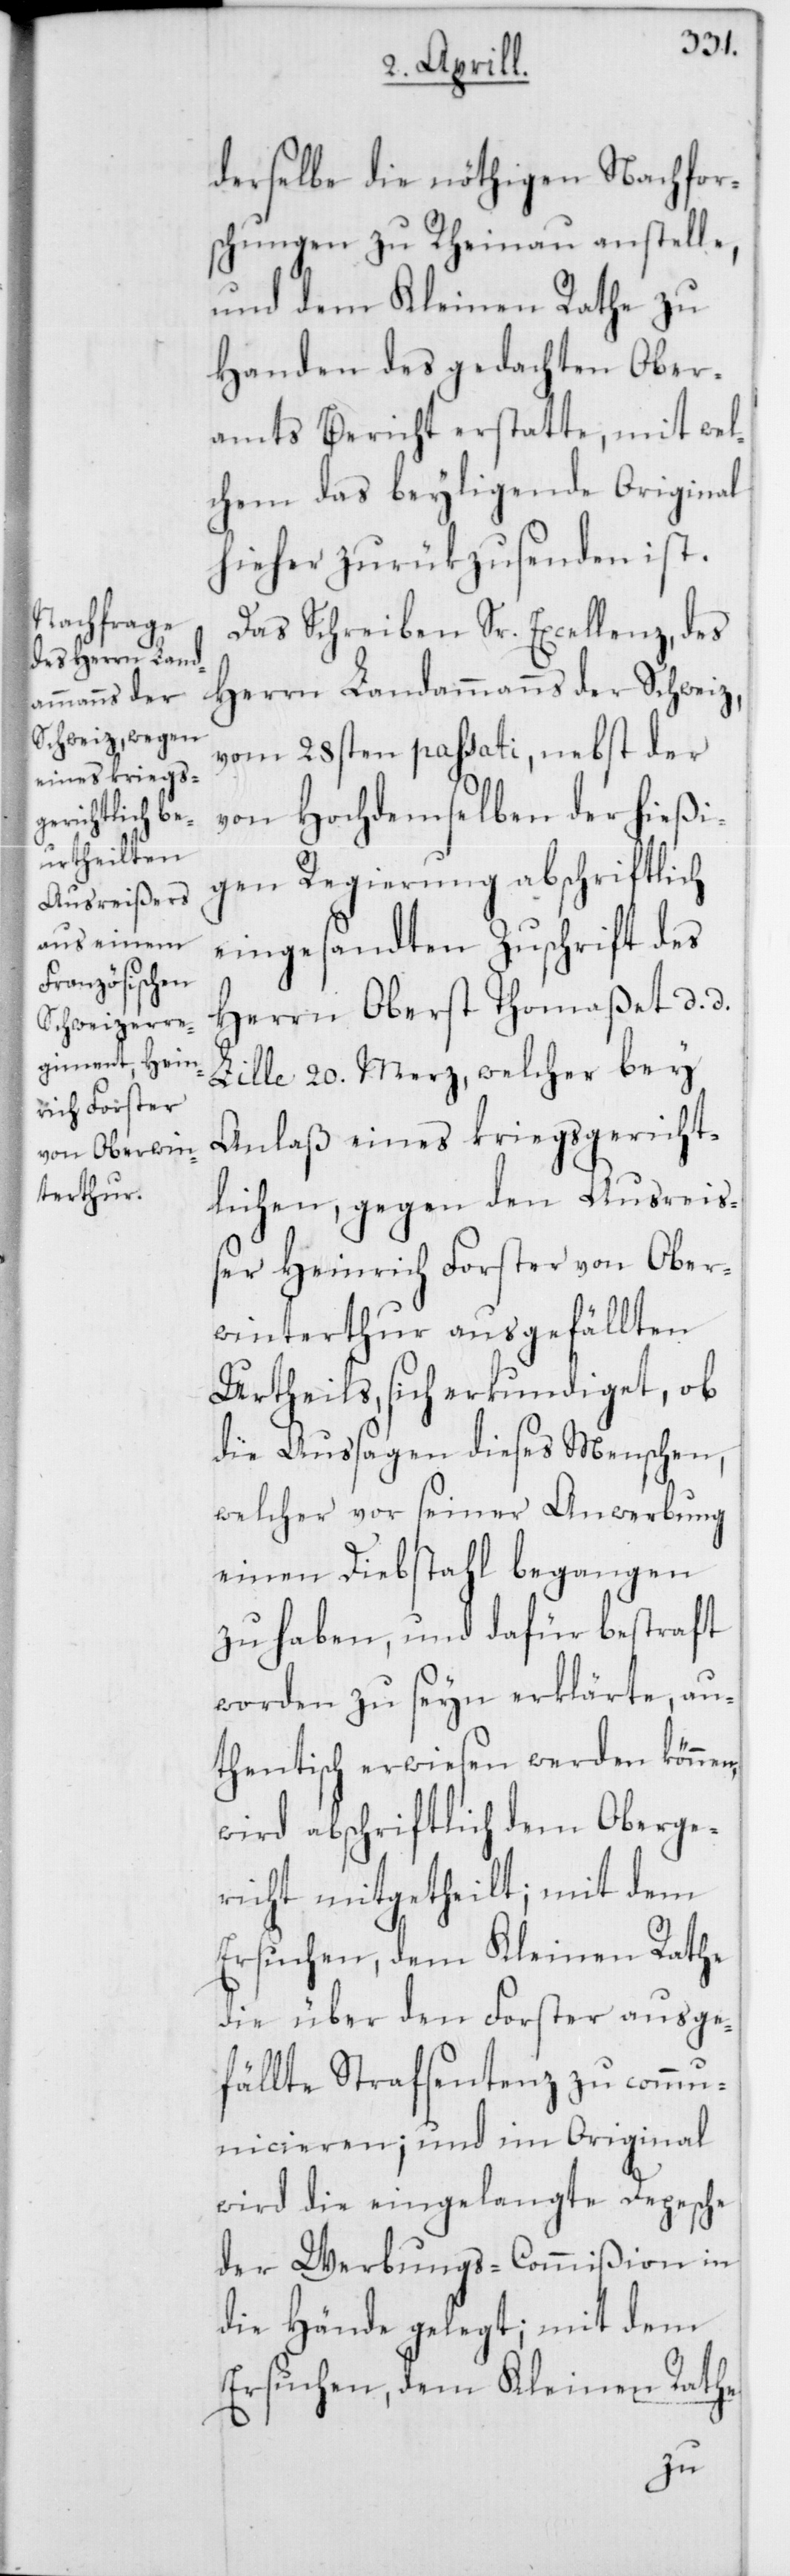
derselbe die nöthigen Nachfors¬
chungen zu Rheinau anstelle,
und dem Kleinen Rathe zu
Handen des gedachten Ober¬
amts Bericht erstatte, mit wel¬
chem das beyligende Original
hieher zurükzusenden ist.
Das Schreiben Sr. Excellenz, des
Herrn Landammanns der Schweiz,
vom 28sten passati, nebst der
von Hochdemselben der hießi¬
gen Regierung abschriftlich
eingesandten Zuschrift des
Herrn Oberst Thomaßet, d. d.
Lille 20. Merz, welcher bey
Anlaß eines kriegsgericht¬
lichen, gegen den Ausrei¬
ßer Heinrich Forster von Ober¬
winterthur ausgefällten
Urtheils, sich erkundiget, ob
die Aussagen dieses Menschen,
welcher vor seiner Anwerbung
einen Diebstahl begangen
zu haben und dafür bestraft
worden zu seyn erklärte, au¬
thentisch erwiesen werden könn¬
wird abschriftlich dem Oberge¬
richt mitgetheilt, mit dem
Ersuchen, dem Kleinen Rathe
die über den Forster ausge¬
fällte Strafsentenz zu comm¬
unicieren; und im Original
wird die eingelangte Depesche
der Werbungs-Commißion in
die Hände gelegt; mit dem
Ersuchen, dem Kleinen Rathe
en,